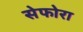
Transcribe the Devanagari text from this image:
सेफोरा